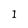
Character: I